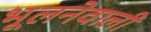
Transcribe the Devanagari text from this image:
भूलनेवाली